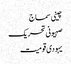
چینی سماج
صہیونی تحریک
یہودی قومیت